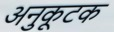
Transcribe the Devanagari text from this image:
अनुकूटक